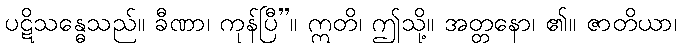
ပဋိသန္ဓေသည်။ ခီဏာ၊ ကုန်ပြီ”။ ဣတိ၊ ဤသို့။ အတ္တနော၊ ၏။ ဇာတိယာ၊